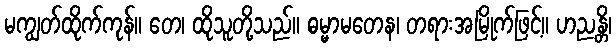
မကျွတ်ထိုက်ကုန်။ တေ၊ ထိုသူတို့သည်။ ဓမ္မာမတေန၊ တရားအမြိုက်ဖြင့်။ ဟညန္တိ၊